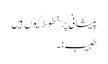
پیشانی پر خطوط کیوں ہیں
طبیب :۔